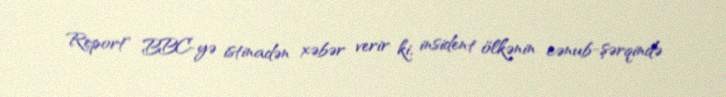
Report" BBC-yə istinadən xəbər verir ki, insident ölkənin cənub-şərqində